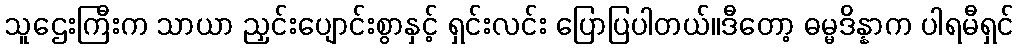
သူဌေးကြီးက သာယာ ညှင်းပျောင်းစွာနှင့် ရှင်းလင်း ပြောပြပါတယ်။ဒီတော့ ဓမ္မဒိန္နာက ပါရမီရှင်